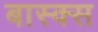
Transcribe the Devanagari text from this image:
बास्क्स